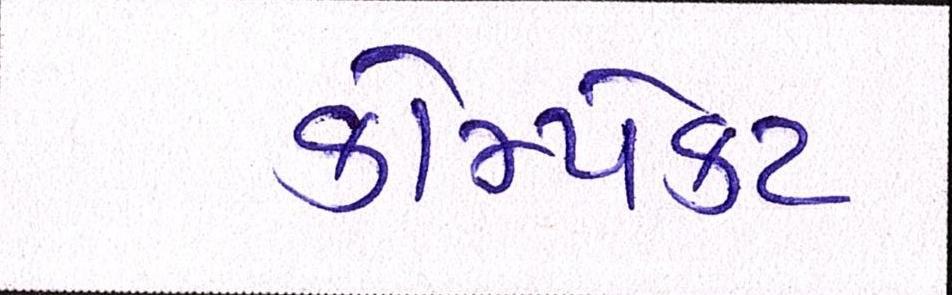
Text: કોમ્પેક્ટ